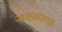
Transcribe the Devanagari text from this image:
नावप्रकारात